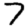
Digit: 7